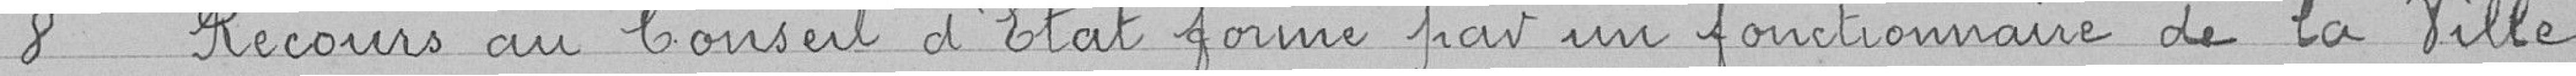
8. Recours au Conseil d'Etat formé par un fonctionnaire de la Ville